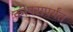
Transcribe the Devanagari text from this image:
कोपरापर्यंत